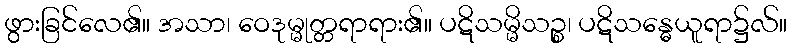
ဖွားခြင်လေ၏။ အသာ၊ ဝေဒုမ္မုတ္တရာရား၏။ ပဋိသမ္မိသဉ္စ၊ ပဋိသန္ဓေယူရာ၌လ်။